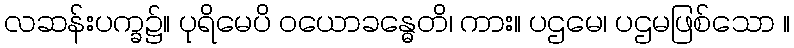
လဆန်းပက္ခ၌။ ပုရိမေပိ ဝယောခန္ဓေတိ၊ ကား။ ပဌမေ၊ ပဌမဖြစ်သော ။